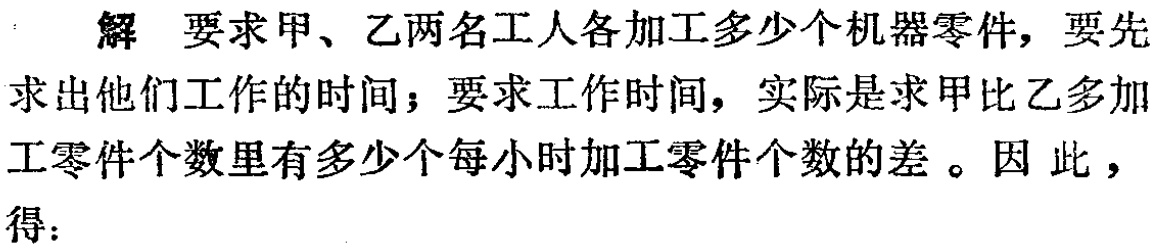
解 要求甲、乙两名工人各加工多少个机器零件，要先求出他们工作的时间；要求工作时间，实际是求甲比乙多加工零件个数里有多少个每小时加工零件个数的差。因此，得：